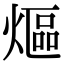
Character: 熰